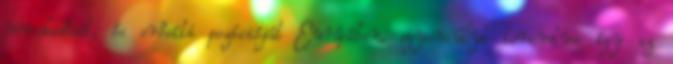
növekedését, és erősíti pozícióját Európában, egyensúlyt teremtve így az